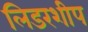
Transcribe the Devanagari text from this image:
लिडरशीप